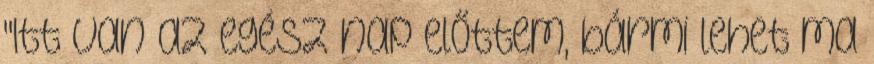
"Itt van az egész nap előttem, bármi lehet ma